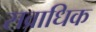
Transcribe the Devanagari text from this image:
सव्राधिक